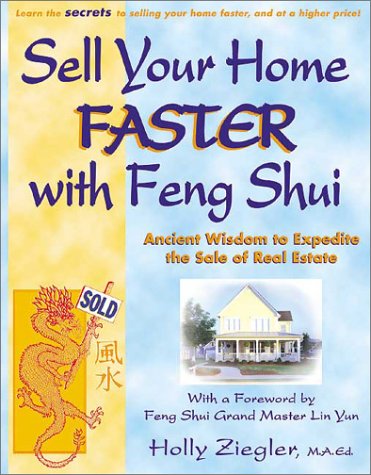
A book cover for Sell Your Home Faster with Feng Shui: Ancient Wisdom to Expedite the Sale of Real Estate; Holly Ziegler; Business & Money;